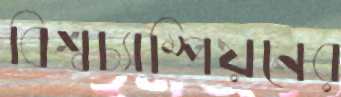
বিশ্বচ্যাম্পিয়নের